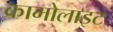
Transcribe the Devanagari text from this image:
क्रामोलाइट